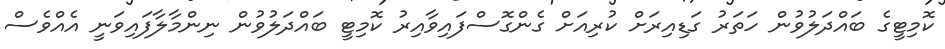
ކޮމިޓީގެ ބައްދަލުވުން ހަތަރު ގަޑިއިރަށް ކުރިއަށް ގެންގޮސްފައިވާއިރު ކޮމިޓީ ބައްދަލުވުން ނިންމާލާފައިވަނީ އެއްވެސް